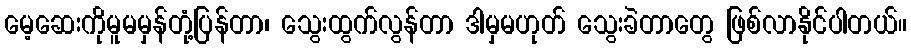
မေ့ဆေးကိုမူမမှန်တုံ့ပြန်တာ၊ သွေးထွက်လွန်တာ ဒါမှမဟုတ် သွေးခဲတာတွေ ဖြစ်လာနိုင်ပါတယ်။